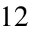
_ { 1 2 }